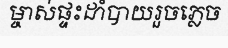
ម្ចាស់ផ្ទះដាំបាយរួចភ្លេច